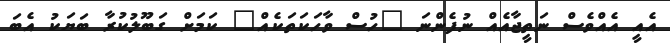
އެއީ އެއްވެސް ނަތީޖާއެއް ނުފެންނަ "ހުސް ވާހަކަތަކެއް" ކަމަށް ގަބޫލުކުރާ ބަޔަކު އެބަ